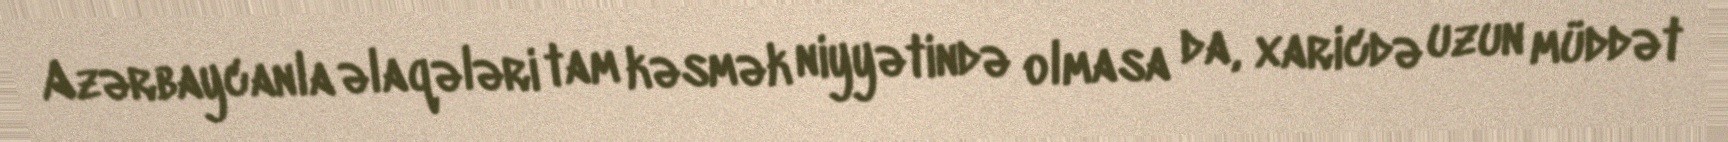
Azərbaycanla əlaqələri tam kəsmək niyyətində olmasa da, xaricdə uzun müddət